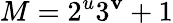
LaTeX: M=2^{u}3^{\mathbf{v}}+1